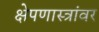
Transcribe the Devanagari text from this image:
क्षेपणास्त्रांवर